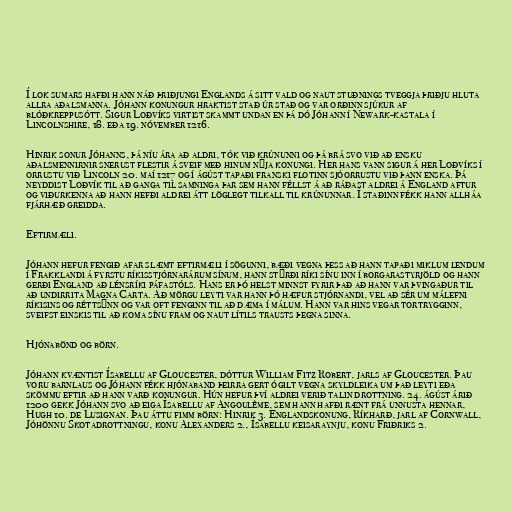
Í lok sumars hafði hann náð þriðjungi Englands á sitt vald og naut stuðnings tveggja þriðju hluta
allra aðalsmanna. Jóhann konungur hraktist stað úr stað og var orðinn sjúkur af
blóðkreppusótt. Sigur Loðvíks virtist skammt undan en þá dó Jóhann í Newark-kastala í
Lincolnshire, 18. eða 19. nóvember 1216.

Hinrik sonur Jóhanns, þá níu ára að aldri, tók við krúnunni og þá brá svo við að ensku
aðalsmennirnir snerust flestir á sveif með hinum nýja konungi. Her hans vann sigur á her Loðvíks í
orrustu við Lincoln 20. maí 1217 og í ágúst tapaði franski flotinn sjóorrustu við þann enska. Þá
neyddist Loðvík til að ganga til samninga þar sem hann féllst á að ráðast aldrei á England aftur
og viðurkenna að hann hefði aldrei átt löglegt tilkall til krúnunnar. Í staðinn fékk hann allháa
fjárhæð greidda.

Eftirmæli.

Jóhann hefur fengið afar slæmt eftirmæli í sögunni, bæði vegna þess að hann tapaði miklum lendum
í Frakklandi á fyrstu ríkisstjórnarárum sínum, hann stýrði ríki sínu inn í borgarastyrjöld og hann
gerði England að lénsríki páfastóls. Hans er þó helst minnst fyrir það að hann var þvingaður til
að undirrita Magna Carta. Að mörgu leyti var hann þó hæfur stjórnandi, vel að sér um málefni
ríkisins og réttsýnn og var oft fenginn til að dæma í málum. Hann var hins vegar tortrygginn,
sveifst einskis til að koma sínu fram og naut lítils trausts þegna sinna.

Hjónabönd og börn.

Jóhann kvæntist Ísabellu af Gloucester, dóttur William Fitz Robert, jarls af Gloucester. Þau
voru barnlaus og Jóhann fékk hjónaband þeirra gert ógilt vegna skyldleika um það leyti eða
skömmu eftir að hann varð konungur. Hún hefur því aldrei verið talin drottning. 24. ágúst árið
1200 gekk Jóhann svo að eiga Ísabellu af Angoulême, sem hann hafði rænt frá unnusta hennar,
Hugh 10. de Lusignan. Þau áttu fimm börn: Hinrik 3. Englandskonung, Ríkharð, jarl af Cornwall,
Jóhönnu Skotadrottningu, konu Alexanders 2., Ísabellu keisaraynju, konu Friðriks 2.